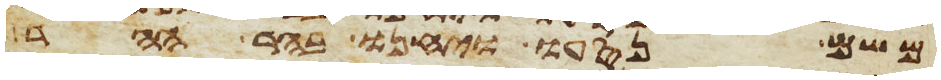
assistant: משם נסעו ויחנו בהר ההר